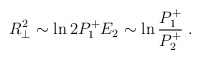
\begin{align*}R_\perp^2 \sim \ln 2P^+_1E_2 \sim \ln{P^+_1\over P^+_2} \; .\end{align*}